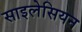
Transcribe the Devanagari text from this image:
साइलेसियन